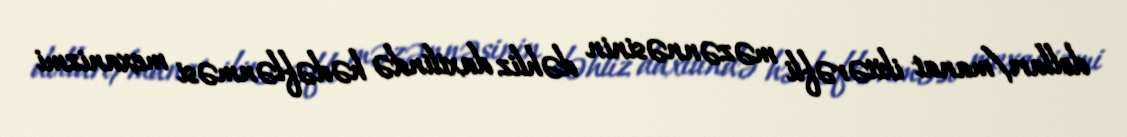
dolları/manat ikitərəfli məzənnəsinin dəhliz daxilində hədəflənməsi mexanizmi